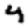
Digit: 4